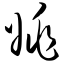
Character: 姚